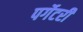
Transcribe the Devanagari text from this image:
पर्गेटरी